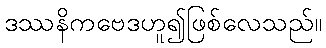
ဒဿနိကဗေဒဟူ၍ဖြစ်လေသည်။